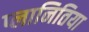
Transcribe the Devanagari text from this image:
प्लानितिया